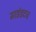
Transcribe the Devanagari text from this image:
माइंडटच